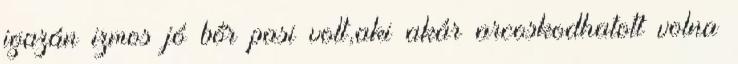
igazán izmos jó bőr pasi volt,aki akár arcoskodhatott volna